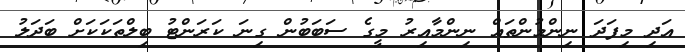
އަދި މިފަދަ ނިންމުންތައް ނިންމާއިރު މީގެ ސަބަބުން ގިނަ ކަރަންޓު ބިލްތަކަކަށް ބަދަލު